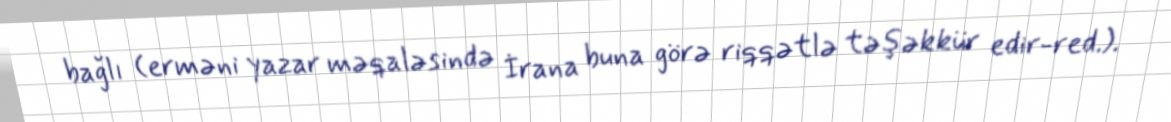
bağlı (erməni yazar məqaləsində İrana buna görə riqqətlə təşəkkür edir-red.).